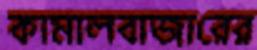
কামালবাজারের